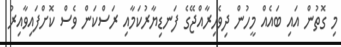
މި ގޮތުން އައި ބައެއް މީހުން ދިވެހިރާއްޖޭގެ ފަނޑިޔާރުކަމާއި ރަސްކަން ވެސް ކޮށްފައިވާއިރު